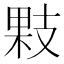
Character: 𢻔